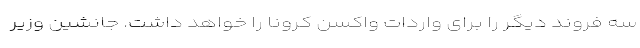
سه فروند دیگر را برای واردات واکسن کرونا را خواهد داشت. جانشین وزیر